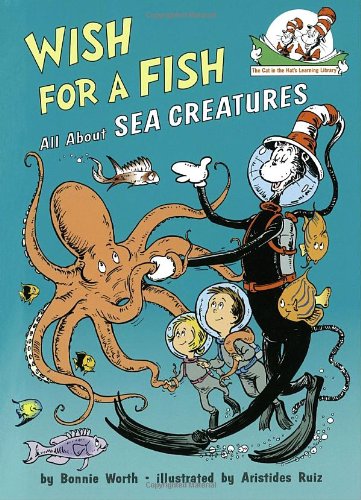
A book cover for Wish for a Fish: All About Sea Creatures (Cat in the Hat's Learning Library); Bonnie Worth; Children's Books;